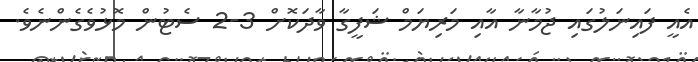
އެއީ ފައިނަލުގައި ޖުމާނާ އާއި މަރިޔަމް ޝަފީގާ ވާދަކޮށް 3-2 ސެޓުން މޮޅުވެގެންނެވެ.